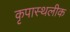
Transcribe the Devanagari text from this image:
कृपास्थलीक